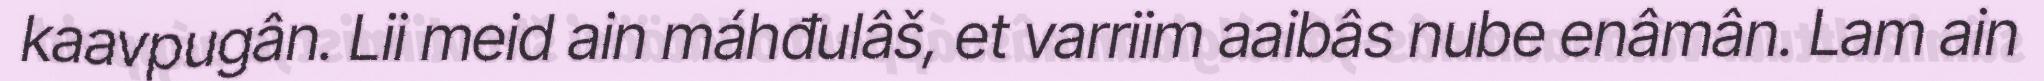
kaavpugân. Lii meid ain máhđulâš, et varriim aaibâs nube enâmân. Lam ain